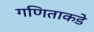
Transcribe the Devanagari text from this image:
गणिताकडे